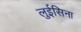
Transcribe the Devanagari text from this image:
लुईसिना